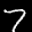
Digit: 7